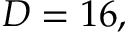
D = 1 6 ,